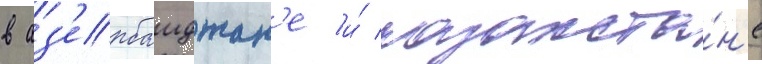
в аз'ербаиджан'е и́ казахста́н'е